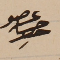
عضو حسن حصِر